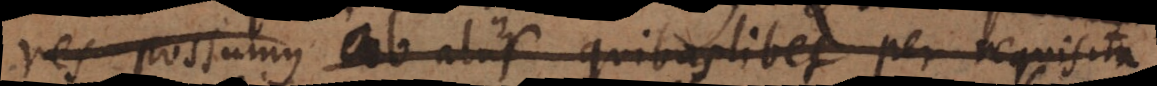
res possumus ab aliis quibuslibet per requisit